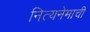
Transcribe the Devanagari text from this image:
नित्यनेमाची